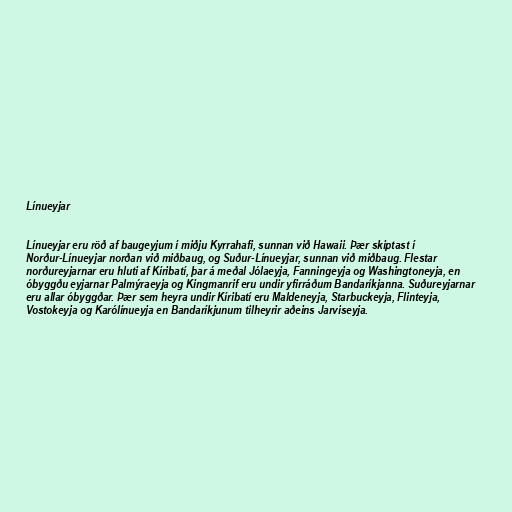
Línueyjar

Línueyjar eru röð af baugeyjum í miðju Kyrrahafi, sunnan við Hawaii. Þær skiptast í
Norður-Línueyjar norðan við miðbaug, og Suður-Línueyjar, sunnan við miðbaug. Flestar
norðureyjarnar eru hluti af Kíribatí, þar á meðal Jólaeyja, Fanningeyja og Washingtoneyja, en
óbyggðu eyjarnar Palmýraeyja og Kingmanrif eru undir yfirráðum Bandaríkjanna. Suðureyjarnar
eru allar óbyggðar. Þær sem heyra undir Kíribatí eru Maldeneyja, Starbuckeyja, Flinteyja,
Vostokeyja og Karólínueyja en Bandaríkjunum tilheyrir aðeins Jarviseyja.